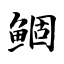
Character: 鲴